Lunatic asylums Punjab 1895-1910 - 1895-1910
Year: 1895
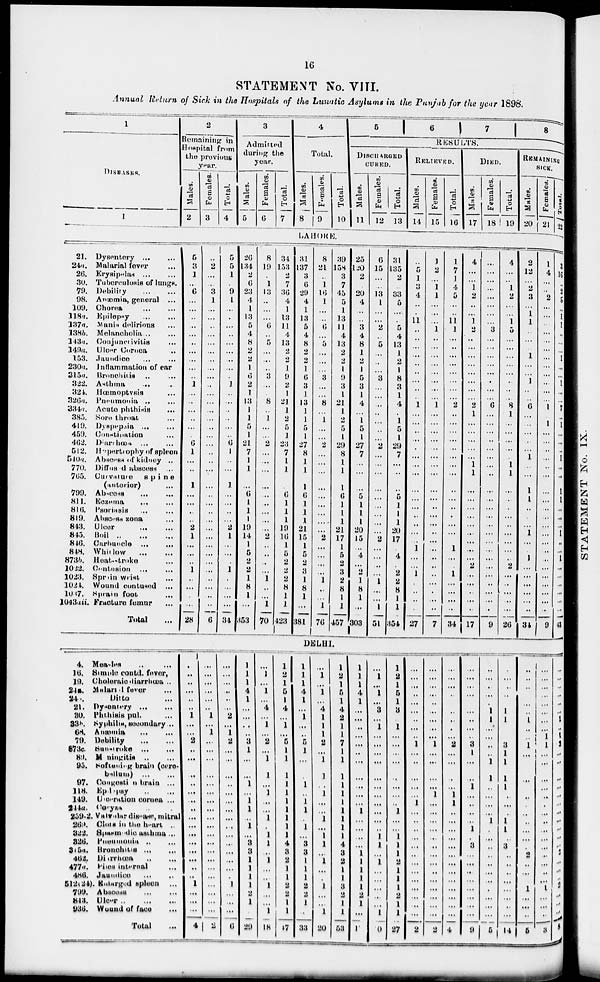
16
STATEMENT No. VIII.
Annual Return of Sick in the Hospitals of the Lunatic Asylums in the Punjab for the year 1898.
1
DlSEASES.
1
2
Remaining in
Hospital from
the previous
year.
Males.
2
Females.
3
Total.
4
3
Admitted
during the
year.
Males.
5
Females.
6
Total.
7
4
Total.
Males.
8
Females.
9
Total.
10
5
6
7
8
RESULTS.
DISCHARGED
CURED.
Males.
11
Females.
12
Total.
13
RELIEVED.
Males.
14
Females.
15
Total.
16
DIED.
Males.
17
Females.
18
Total.
19
REMAINING
SICK.
Males.
20
Females.
21
Total.
22
LAHORE.
21. Dysentery
...
...
24a. Malarial fever ...
26.
Erysipelas ... ...
30. Tuberculosis of lungs.
79. Debility
...
...
98. Anœmia, general ...
109. Chorea
...
...
118a. Epilepsy
...
...
137a. Mania delirious
138b. Melancholia ... ...
143a. Conjunctivitis ...
149a. Ulcer Cornea ..
153. Jaundice
...
230a. Inflammation of ear
315a. Bronchitis ... ...
322. Asthma ... ...
324. Hœmoptysis ...
326a. Pneumonia ... ...
334a. Acute phthisis ...
385. Sore throat ...
419. Dyspepsia ... ...
459. Constipation ...
462.
Diarrhœa ... ...
512. Hypertrophy of spleen
540a. Abscess of kidney ..
770. Diffused abscess ...
765. Curvature
spine
(anterior) ...
799. Abscess
...
...
811. Eczema
...
...
816. Psoriasis
...
...
819. Abscess zona ...
843. Ulcer
...
...
845. Boil
..
...
...
846. Carbuncle
...
...
848. Whitlow
...
...
873b. Heat-stroke ...
1022. Contusion
...
...
1023. Spran wrist ...
1024. Wound contused ...
1037. Sprain foot
...
1043aii. Fracture femur ...
Total ...
5
3
1
...
6
...
...
...
...
...
...
...
...
...
...
1
...
...
...
...
...
...
6
1
...
...
1
...
...
...
...
2
1
...
...
...
1
...
...
...
...
28
...
2
...
...
3
1
...
...
...
...
...
...
...
...
...
...
...
...
...
...
...
...
...
...
...
...
...
...
...
...
...
...
...
...
...
...
...
...
...
...
...
6
5
5
1
...
9
1
...
...
...
...
...
...
...
...
...
1
...
...
...
...
...
...
6
1
...
...
1
...
...
...
...
2
1
...
...
...
1
...
...
...
...
34
26
134
2
6
23
4
1
13
5
4
8
2
2
1
6
2
1
13
1
1
5
1
21
7
1
1
...
6
1
1
1
19
14
1
5
2
2
1
8
1
...
353
8
19
...
1
13
...
...
...
6
...
5
...
...
...
3
...
...
8
...
1
...
...
2
...
...
...
...
...
...
...
...
...
2
...
...
...
...
1
...
...
1
70
34
153
2
7
36
4
1
13
11
4
13
2
2
1
9
2
1
21
1
2
5
1
23
7
1
1
...
6
1
1
1
19
16
1
5
2
2
2
8
1
1
423
31
137
3
6
29
4
1
13
5
4
8
2
2
1
6
3
1
13
1
1
5
1
27
8
1
1
1
6
1
1
1
21
15
1
5
2
3
1
8
1
...
381
8
21
...
1
16
1
...
...
6
...
5
...
...
...
3
...
...
8
...
1
...
...
2
...
...
...
...
...
...
...
...
...
2
...
...
...
...
1
...
...
1
76
39
158
3
7
45
5
1
13
11
4
13
2
2
1
9
3
1
21
1
2
5
1
29
8
1
1
1
6
1
1
1
21
17
1
5
2
3
2
8
1
1
457
25
120
2
...
20
4
...
...
3
4
8
1
2
1
5
3
1
4
...
1
5
1
27
7
...
...
...
5
1
1
1
20
15
...
4
...
2
1
8
1
...
303
6
15
...
...
13
1
...
...
2
...
5
...
...
...
3
...
...
...
...
...
...
...
2
...
...
...
...
...
...
...
...
...
2
...
...
...
...
1
...
...
1
51
31
135
2
...
33
5
...
...
5
4
13
1
2
1
8
3
1
4
...
1
5
1
29
7
...
...
...
5
1
1
1
20
17
...
4
...
2
2
8
1
1
354
...
5
1
3
4
...
...
11
...
...
...
...
...
...
...
...
...
1
...
...
...
...
...
...
...
...
...
...
...
...
...
...
...
1
...
...
1
...
...
...
...
27
1
2
...
1
1
...
...
...
1
...
...
...
...
...
...
...
...
1
...
...
...
...
...
...
...
...
...
...
...
...
...
...
...
...
...
...
...
...
...
...
...
7
1
7
1
4
5
...
...
11
1
...
...
...
...
...
...
...
...
2
...
...
...
...
...
...
...
...
...
...
...
...
...
...
1
...
...
1
...
...
...
...
34
4
...
...
1
2
...
...
1
2
...
...
...
...
...
...
...
...
2
1
...
...
...
...
...
1
1
...
...
...
...
...
...
...
...
...
2
...
...
...
...
...
17
...
...
...
...
...
...
...
...
3
...
...
...
...
...
...
...
...
6
...
...
...
..
...
...
...
...
...
...
...
...
...
...
...
...
...
...
...
...
...
...
...
9
4
...
...
1
2
...
...
1
5
...
...
...
...
...
...
...
...
8
1
...
...
...
...
...
1
1
...
...
...
...
...
...
...
...
...
2
...
...
...
...
...
26
2
12
...
2
3
...
1
1
...
...
...
1
...
...
1
...
...
6
...
...
...
...
...
1
...
...
1
1
...
...
...
1
...
...
1
...
...
...
...
...
...
34
1
4
...
...
2
...
...
...
...
...
...
...
...
...
...
...
...
1
...
1
...
...
...
...
...
...
...
...
...
...
...
...
...
...
...
...
...
...
...
...
...
9
3
16
..
2
5
...
1
1
...
...
...
1
...
...
1
...
...
7
...
1
...
...
...
1
...
...
1
1
...
...
...
1
...
...
1
...
...
...
...
...
...
43
DELHI.
4. Measles ... ...
16. Simple contd. fever,
19. Choleraic diarrhoea ..
24a. Malarial fever ...
24a.
Ditto ...
21. Dysentery
...
...
30. Phthisis pul.
33b. Syphilis, secondary...
68. Anœmia
...
...
79. Debility
...
...
873c.
Sunstroke ... ...
89. M ningitis .. ...
95. Softening brain (cere-
bellum)
...
...
97. Congeati n brain ...
118.
Epilepsy .. ...
149. Ulceration cornea ...
244a. Coryza .. .
259-2. Valvular disease,mitral
269. Clote in the heart ..
322. Spasmodic asthma...
326. Pneumonia
..
...
315a. Bronchitis ... ...
462. Diarrhœa
477a. Piles internal ...
486. Jaundice
512(24). Enlarged spleen ...
799. Abscess
848. Ulcer
..
...
...
936. Wound of face ...
Total
...
...
...
...
...
...
...
1
...
...
2
...
...
...
...
...
...
...
...
...
...
...
...
...
...
...
1
...
...
...
4
...
...
...
...
...
...
1
...
1
...
...
...
...
...
...
...
...
...
...
...
...
...
...
...
...
...
...
...
...
2
...
...
...
...
...
...
2
...
1
2
...
...
...
...
...
...
...
...
...
...
...
...
...
...
...
1
...
...
...
6
1
1
1
4
1
...
...
...
..
3
1
...
...
1
...
1
1
...
1
...
3
3
1
1
1
1
2
1
...
29
...
1
...
1
...
4
... 1
...
2
...
1
1
...
1
...
...
1
...
1
1
...
1
...
...
1
...
...
1
18
1
2
1
5
1
4
...
1
...
5
1
1
1
1
1
1
1
1
1
1
4
3
2
1
1
2
2
1
1
47
1
1
1
4
1
...
1
...
...
5
1
...
...
1
...
1
1
...
1
....
3
3
1
1
1
2
2
1
...
33
...
1
...
1
...
4
1
1
1
2
...
1
1
...
1
...
...
1
...
1
1
...
1
...
...
1
...
...
1
20
1
2
1
5
1
4
2
1
1
7
1
1
1
1
1
1
1
1
1
1
4
3
2
1
1
3
2
1
1
53
1
1
1
4
1
...
...
...
...
...
...
...
...
...
...
...
1
...
...
...
...
1
1
1
1
1
2
1
...
17
...
1
...
1
...
8
...
1
...
...
...
...
...
...
...
....
...
...
...
1
1
...
1
...
...
...
...
...
1
10
1
2
1
5
1
8
...
1
...
...
...
...
...
...
...
..
1
...
...
1
1
1
2
1
1
1
2
1
1
27
...
...
...
...
...
...
...
...
...
1
...
...
...
...
...
1
...
...
...
...
...
...
...
...
...
...
...
...
...
2
...
...
...
...
...
...
...
...
...
1
...
...
...
...
1
...
...
...
...
...
...
...
...
...
...
....
...
...
...
2
...
...
...
...
...
...
...
...
...
2
...
...
...
...
1
1
...
...
...
...
...
...
...
...
...
...
...
...
...
4
...
...
...
...
...
....
...
...
3
1
...
...
1
...
...
...
...
1
...
3
...
...
...
...
...
...
...
...
9
...
...
...
...
...
1
1
...
...
...
...
1
1
...
...
...
...
1
...
...
...
...
...
...
...
...
...
...
...
5
...
...
...
...
1
1
3
1
1
1
1
...
...
...
1
1
...
3
...
...
...
...
...
...
...
...
14
...
...
...
...
...
...
1
...
...
1
...
...
...
...
...
...
...
...
...
...
...
2
...
....
...
1
...
...
...
5
...
...
...
...
...
...
...
...
1
...
...
...
...
...
...
...
...
...
...
...
...
...
...
...
...
1
...
...
...
3
...
...
...
...
...
...
1
...
1
1
...
...
...
...
...
...
...
...
...
...
...
2
...
...
...
2
...
...
...
8